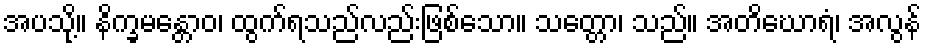
အပသို့။ နိက္ခမန္တောဝ၊ ထွက်ရသည်လည်းဖြစ်သော။ သတ္တော၊ သည်။ အတိဃောရံ၊ အလွန်